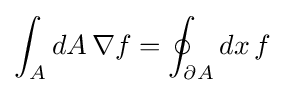
\int _{A}dA\,\nabla f=\oint _{\partial A}dx\,f